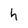
Character: h